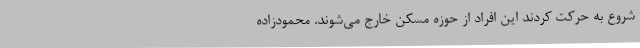
شروع به حرکت کردند این افراد از حوزه مسکن خارج می‌شوند. محمودزاده